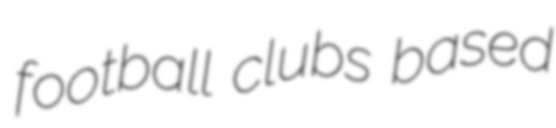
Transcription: football clubs based